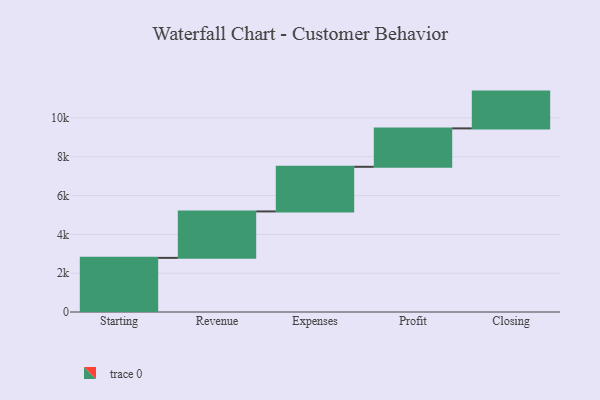
{"axis": {"x": "Step", "y": "Value"}, "legend": [""], "data": [{"x": "Starting", "y": 2789.0, "type": ""}, {"x": "Revenue", "y": 2393.0, "type": ""}, {"x": "Expenses", "y": 2299.0, "type": ""}, {"x": "Profit", "y": 1979.0, "type": ""}, {"x": "Closing", "y": 1895.0, "type": ""}]}